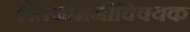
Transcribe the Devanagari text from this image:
शेतजमिनीविषयक